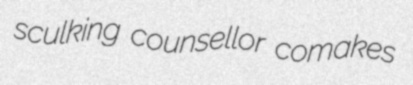
sculking counsellor comakes